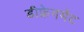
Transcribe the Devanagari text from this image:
डीफ्रेगमेंट